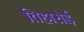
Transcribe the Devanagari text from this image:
तिहारोई